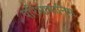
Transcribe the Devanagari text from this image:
परिभाषानिष्ठ